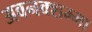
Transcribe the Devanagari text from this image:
अवनक्शम्मा